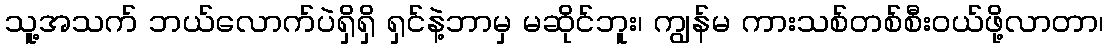
သူ့အသက် ဘယ်လောက်ပဲရှိရှိ ရှင်နဲ့ဘာမှ မဆိုင်ဘူး၊ ကျွန်မ ကားသစ်တစ်စီးဝယ်ဖို့လာတာ၊